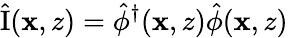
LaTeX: \hat{\mathrm{I}}(\mathbf{x},z)=\hat{\phi}^{\dagger}(\mathbf{x},z)\hat{\phi}(\mathbf{x},z)